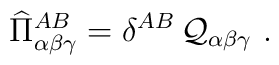
\widehat{\Pi}^{AB}_{\alpha\beta\gamma}= \delta^{AB} \,   \mathcal{Q}_{\alpha \beta \gamma }~.